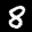
Label: 8